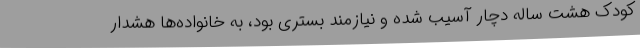
کودک هشت ساله دچار آسیب شده و نیازمند بستری بود، به خانواده‌ها هشدار